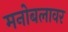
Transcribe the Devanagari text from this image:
मनोबलावर